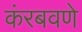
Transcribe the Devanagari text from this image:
कंरबवणे